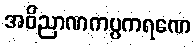
အဝိညာဏကပ္ပကရဏေ